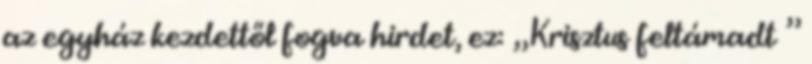
az egyház kezdettől fogva hirdet, ez: „Krisztus feltámadt ”